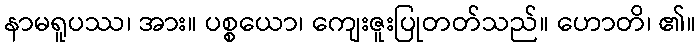
နာမရူပဿ၊ အား။ ပစ္စယော၊ ကျေးဇူးပြုတတ်သည်။ ဟောတိ၊ ၏။